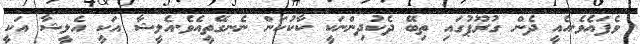
ވެފައެވެ.އެއީ ދެން ގުރޫޕުގައި ތިބޭ ދެކުދިންނަކީ ކާކުކަން ނެނގޭތީއެވެ.އެލީޝާ އަކީ އެލީޝާ އަކީ